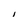
Character: I